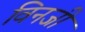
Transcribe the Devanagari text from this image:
विनजी